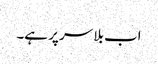
اب بلا سر پر ہے۔